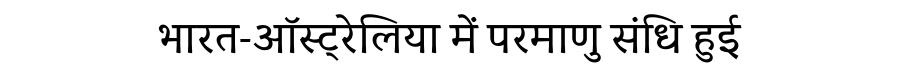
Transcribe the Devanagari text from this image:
भारत-ऑस्ट्रेलिया में परमाणु संधि हुई